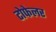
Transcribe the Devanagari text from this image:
टोफेलर